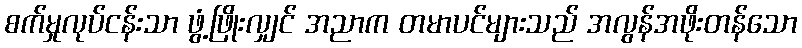
စက်မှုလုပ်ငန်းသာ ဖွံ့ဖြိုးလျှင် အညာက တမာပင်များသည် အလွန်အဖိုးတန်သော